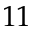
1 1